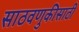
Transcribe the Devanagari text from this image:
साठवणुकीसाठी